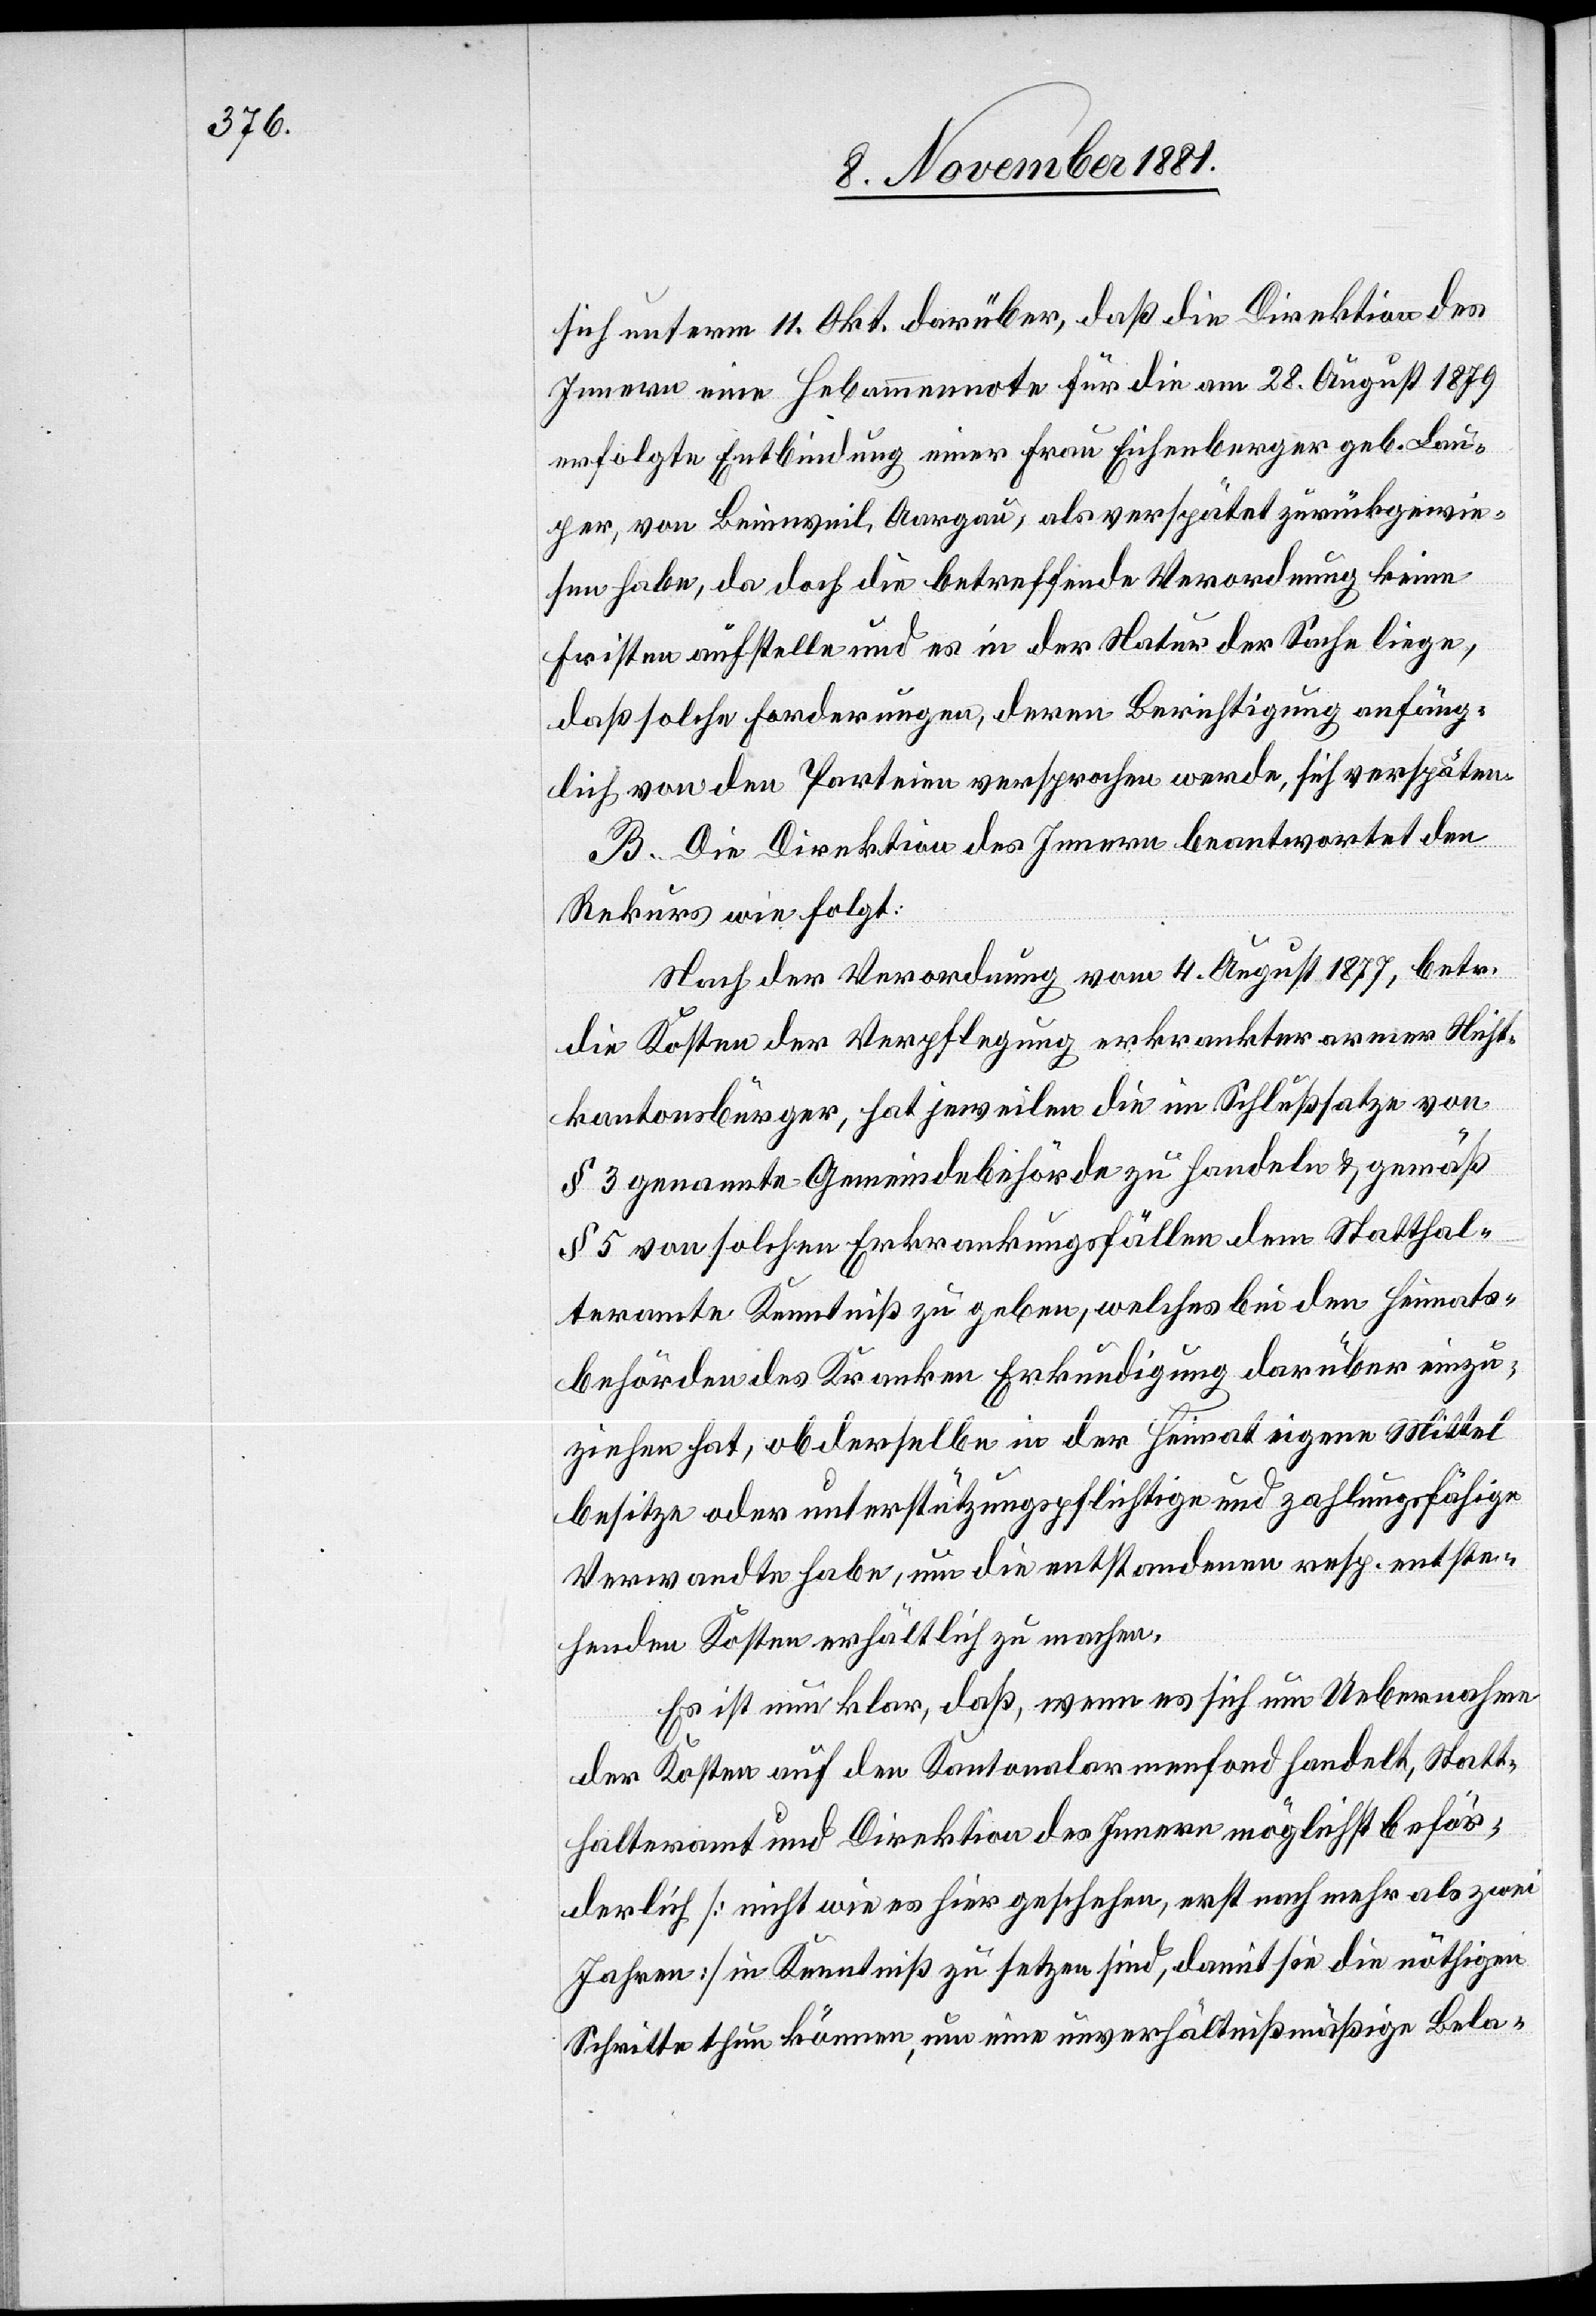
sich unterm 11. Okt. darüber, daß die Direktion des
Innern eine Hebammennote für die am 28. August 1879
erfolgte Entbindung einer Frau Eichenberger geb. Lau¬
per, von Beinweil, Aargau, als verspätet zurückgewie¬
sen habe, da doch die betreffende Verordnung keine
Fristen aufstelle und es in der Natur der Sache liege,
daß solche Forderungen, deren Berichtigung anfäng¬
lich von den Parteien versprochen werde, sich verspäten.
B. Die Direktion des Innern beantwortet den
Rekurs wie folgt:
Nach der Verordnung vom 4. August 1877, betr.
die Kosten der Verpflegung erkrankter armer Nicht¬
kantonsbürger, hat jeweilen die im Schlußsatze von
§ 3 genannte Gemeindebehörde zu handeln & gemäß
§ 5 von solchen Erkrankungsfällen dem Statthal¬
teramte Kenntniß zu geben, welches bei den Heimats¬
behörden des Kranken Erkundigung darüber einzu¬
ziehen hat, ob derselbe in der Heimat eigene Mittel
besitze oder unterstützungspflichtige und zahlungsfähige
Verwandte habe, um die entstandenen resp. entste¬
henden Kosten erhältlich zu machen.
Es ist nun klar, daß, wenn es sich um Uebernahme
der Kosten auf den Kantonalarmenfond handelt, Statt¬
halteramt und Direktion des Innern möglichst beför¬
derlich [nicht wie es hier geschehen, erst nach mehr als zwei
Jahren] in Kenntniß zu setzten sind, damit sie die nöthigen
Schritte thun können, um eine unverhältnißmäßige Bela-